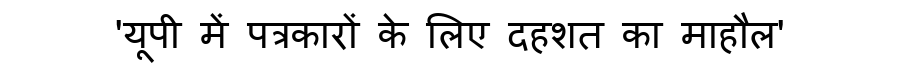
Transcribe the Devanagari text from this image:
'यूपी में पत्रकारों के लिए दहशत का माहौल'